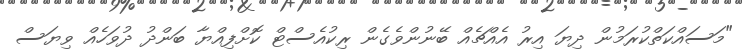
"މަސައްކަތްކުރަމުން ދިޔަ އިރު އެއްޗެއް ބޭނުންވެގެން ރިކުއެސްޓް ކޮށްފިއްޔާ ބަންދު ދުވަހެއް ވިޔަސް